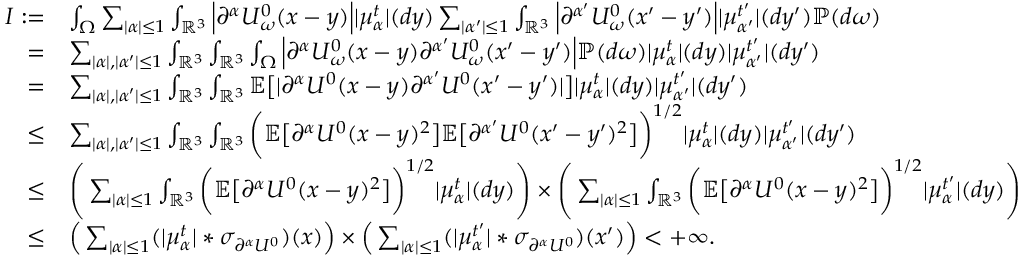
\begin{array} { r l } { I : = } & { \int _ { \Omega } \sum _ { | \alpha | \leq 1 } \int _ { \mathbb { R } ^ { 3 } } \Big | \partial ^ { \alpha } U _ { \omega } ^ { 0 } ( x - y ) \Big | | \mu _ { \alpha } ^ { t } | ( d y ) \sum _ { | \alpha ^ { \prime } | \leq 1 } \int _ { \mathbb { R } ^ { 3 } } \Big | \partial ^ { \alpha ^ { \prime } } U _ { \omega } ^ { 0 } ( x ^ { \prime } - y ^ { \prime } ) \Big | | \mu _ { \alpha ^ { \prime } } ^ { t ^ { \prime } } | ( d y ^ { \prime } ) \mathbb { P } ( d \omega ) } \\ { = } & { \sum _ { | \alpha | , | \alpha ^ { \prime } | \leq 1 } \int _ { \mathbb { R } ^ { 3 } } \int _ { \mathbb { R } ^ { 3 } } \int _ { \Omega } \Big | \partial ^ { \alpha } U _ { \omega } ^ { 0 } ( x - y ) \partial ^ { \alpha ^ { \prime } } U _ { \omega } ^ { 0 } ( x ^ { \prime } - y ^ { \prime } ) \Big | \mathbb { P } ( d \omega ) | \mu _ { \alpha } ^ { t } | ( d y ) | \mu _ { \alpha ^ { \prime } } ^ { t ^ { \prime } } | ( d y ^ { \prime } ) } \\ { = } & { \sum _ { | \alpha | , | \alpha ^ { \prime } | \leq 1 } \int _ { \mathbb { R } ^ { 3 } } \int _ { \mathbb { R } ^ { 3 } } \mathbb { E } \big [ | \partial ^ { \alpha } U ^ { 0 } ( x - y ) \partial ^ { \alpha ^ { \prime } } U ^ { 0 } ( x ^ { \prime } - y ^ { \prime } ) | \big ] | \mu _ { \alpha } ^ { t } | ( d y ) | \mu _ { \alpha ^ { \prime } } ^ { t ^ { \prime } } | ( d y ^ { \prime } ) } \\ { \leq } & { \sum _ { | \alpha | , | \alpha ^ { \prime } | \leq 1 } \int _ { \mathbb { R } ^ { 3 } } \int _ { \mathbb { R } ^ { 3 } } \bigg ( \mathbb { E } \big [ \partial ^ { \alpha } U ^ { 0 } ( x - y ) ^ { 2 } \big ] \mathbb { E } \big [ \partial ^ { \alpha ^ { \prime } } U ^ { 0 } ( x ^ { \prime } - y ^ { \prime } ) ^ { 2 } \big ] \bigg ) ^ { 1 / 2 } | \mu _ { \alpha } ^ { t } | ( d y ) | \mu _ { \alpha ^ { \prime } } ^ { t ^ { \prime } } | ( d y ^ { \prime } ) } \\ { \leq } & { \Bigg ( \sum _ { | \alpha | \leq 1 } \int _ { \mathbb { R } ^ { 3 } } \bigg ( \mathbb { E } \big [ \partial ^ { \alpha } U ^ { 0 } ( x - y ) ^ { 2 } \big ] \bigg ) ^ { 1 / 2 } | \mu _ { \alpha } ^ { t } | ( d y ) \Bigg ) \times \Bigg ( \sum _ { | \alpha | \leq 1 } \int _ { \mathbb { R } ^ { 3 } } \bigg ( \mathbb { E } \big [ \partial ^ { \alpha } U ^ { 0 } ( x - y ) ^ { 2 } \big ] \bigg ) ^ { 1 / 2 } | \mu _ { \alpha } ^ { t ^ { \prime } } | ( d y ) \Bigg ) } \\ { \leq } & { \Big ( \sum _ { | \alpha | \leq 1 } ( | \mu _ { \alpha } ^ { t } | * \sigma _ { \partial ^ { \alpha } U ^ { 0 } } ) ( x ) \Big ) \times \Big ( \sum _ { | \alpha | \leq 1 } ( | \mu _ { \alpha } ^ { t ^ { \prime } } | * \sigma _ { \partial ^ { \alpha } U ^ { 0 } } ) ( x ^ { \prime } ) \Big ) < + \infty . } \end{array}